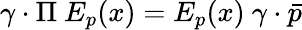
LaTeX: \gamma\cdot\Pi~E_{p}(x)=E_{p}(x)~\gamma\cdot\bar{p}